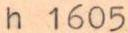
h 1605